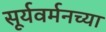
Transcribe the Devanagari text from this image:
सूर्यवर्मनच्या